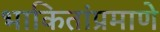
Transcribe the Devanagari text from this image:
भाकितांप्रमाणे